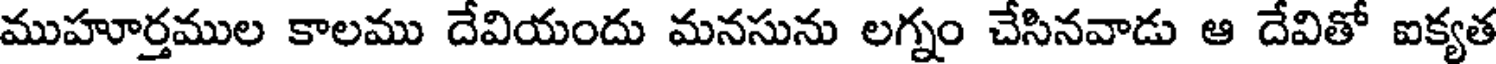
ముహూర్తముల కాలము దేవియందు మనసును లగ్నం చేసినవాడు ఆ దేవితో ఐక్యత